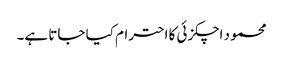
محمود اچکزئی کا احترام کیا جاتا ہے۔